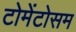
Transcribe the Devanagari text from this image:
टोमेंटोसम